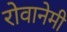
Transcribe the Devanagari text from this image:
रोवानेमी